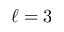
\ell = 3